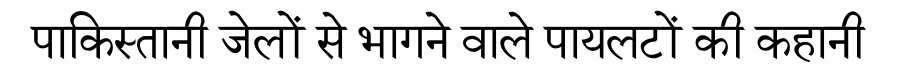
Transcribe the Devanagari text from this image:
पाकिस्तानी जेलों से भागने वाले पायलटों की कहानी